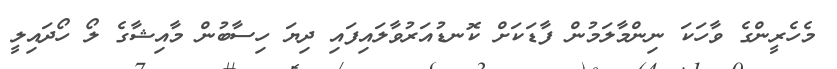
މެހެރީންގެ ވާހަކަ ނިންމާލަމުން ފާޑަކަށް ކޮނޑުއަރުވާލައިފައި ދިޔަ ހިސާބުން މާއިޝާގެ ލޯ ހޯދައިލީ